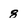
Character: 8